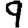
Digit: 9